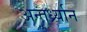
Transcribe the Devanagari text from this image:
अन्तर्ध्र्यान